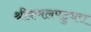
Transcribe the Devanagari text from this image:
श्रीकमलपटुधरा